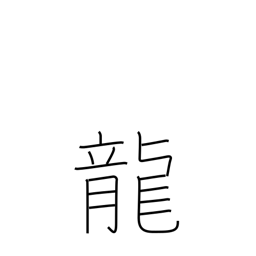
Meaning: dragon